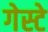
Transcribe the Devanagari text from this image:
गेस्टे